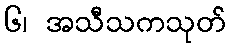
၆၊ အသီသကသုတ်